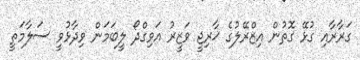
ގަރާރާއި ގުޅޭ ގޮތުން އިޒްރޭލުގެ ޚާރިޖީ ވަޒީރު އަވިގްދޯ ލީބަމަން ވިދާޅުވީ ސަލާމަތީ